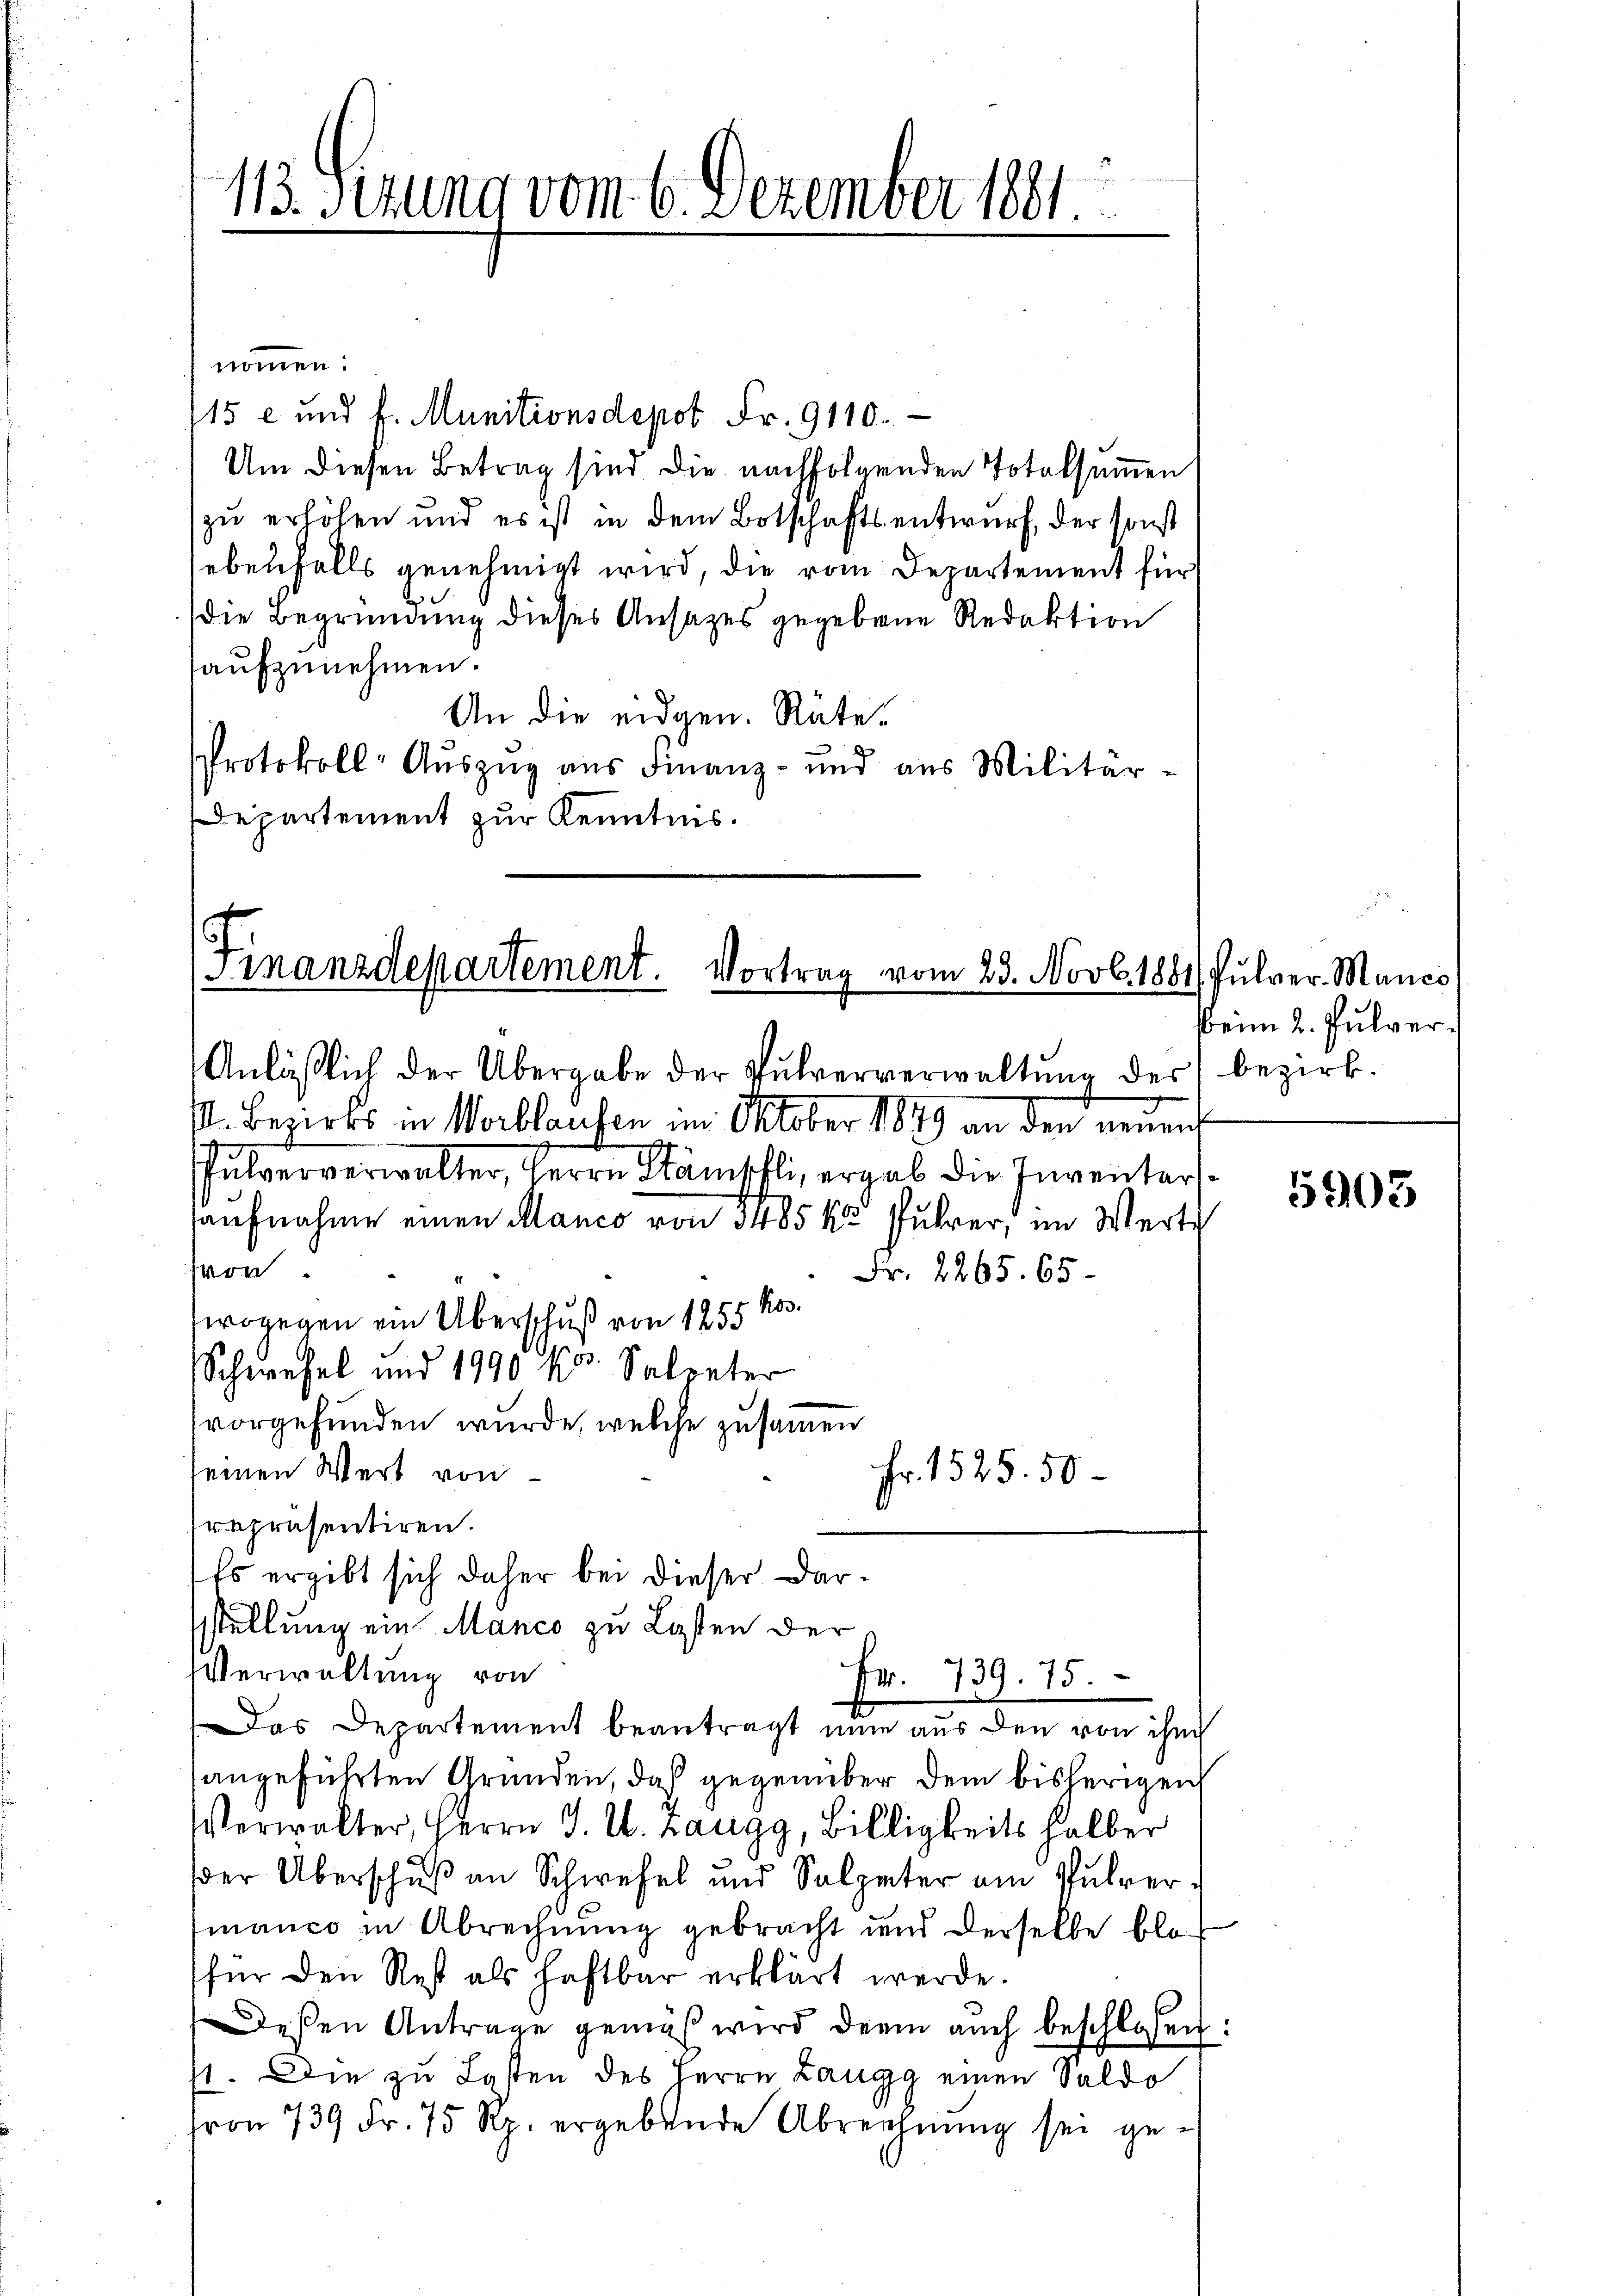
113. Fezung vom 6. Dezember 1881.

nommen:
15 c und f. Munitionsdepot Fr. 9110.
Um diesen Betrag sind die nachfolgenden Totalsummen
zu erhöhen und es ist in dem Botschaftsentwurf, der sonst
sebenfalls genehmigt wird, die vom Departement für
die Begründung dieses Ansatzes gegebene Redaktion
aufzunehmen.
An die eidgen. Räte.
Protokoll-Auszug aus Finanz- und aus Militär-
Departement zur Kenntnis.

Manzdepartement. Vortrag vom 23. Novb. 1881/ Pulver Manes
Anläßlich der Übergabe der Pulververwaltŭng der bezirk.

S. Bezirks in Wortlaufen im Oktober 1849 an den neuen
Pulververwalter, Herrn Stämschli, ergab die Inventar
aufnahme einen Manco von 3485 kr fuhrer, im Werti
pern
Fr. 2265. 65.
wogegen ein Überschuß von 1255 Ro.
Schwefel und 1990 kr. Salpeter
vorgefunden wurde, welche zusammen
seinen Wert von
Prepräsentiren.
Es ergibt sich daher bei dieser Darsstellung ein Manco zu Lasten der
Verwaltung von
Fr. 739. 75.
Das Departement beantragt nun aus den von ihm
angeführten Gründen, daß gegenüber dem bisherigen
Verwalter, Herrn J. U. Zaugg, Billigkeits halber
er Überschuß an Schwefel und Salpeter am Pulver-
manco in Abrechnung gebracht und derselbe blo
für den Rest als haftbar erklärt werde.
Deßen Antrage gemäβ wird derin aŭch beschlossen:
st. Die zu Lasten des Herrn Langg einen Saldo
on 739 Fr. 75 Rp. ergebende Abreichnung sei ge¬

Fr. 1525. 50

Beim 2. Pulver.

5903